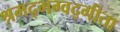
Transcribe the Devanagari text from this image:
श्रमद्भग्वद्गीता